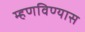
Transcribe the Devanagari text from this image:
म्हणविण्यास